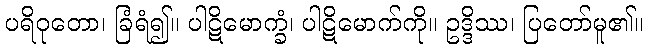
ပရိဝုတော၊ ခြံရံ၍။ ပါဋိမောက္ခံ၊ ပါဋိမောက်ကို။ ဥဒ္ဒိဿ၊ ပြတော်မူ၏။